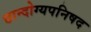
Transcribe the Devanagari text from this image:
छान्दोग्यपनिषद